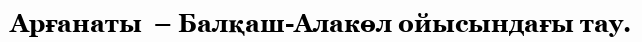
Арғанаты  – Балқаш-Алакөл ойысындағы тау.